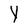
Character: Y